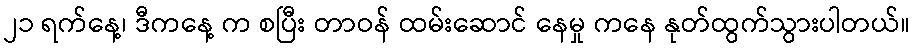
၂၁ ရက်နေ့၊ ဒီကနေ့ က စပြီး တာဝန် ထမ်းဆောင် နေမှု ကနေ နုတ်ထွက်သွားပါတယ်။